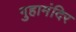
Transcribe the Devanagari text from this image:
गुहामंदिर